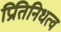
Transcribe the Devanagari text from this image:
प्रितिनिधत्व